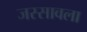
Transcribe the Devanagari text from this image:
जस्सावला